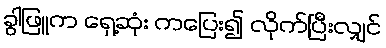
ခွါဖြူက ရှေ့ဆုံး ကပြေး၍ လိုက်ပြီးလျှင်